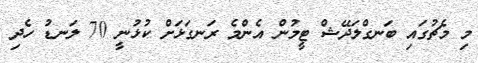
މި މެޗުގައި ބަނގްލަދޭޝް ޓީމުން އެންމެ ރަނގަޅަށް ކުޅުނީ 70 ލަނޑު ހެދި